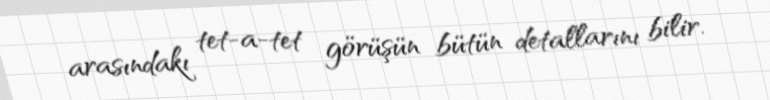
arasındakı tet-a-tet görüşün bütün detallarını bilir.